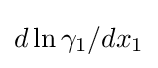
d\ln \gamma _{1}/dx_{1}